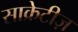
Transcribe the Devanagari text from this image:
साक्रेटीज़